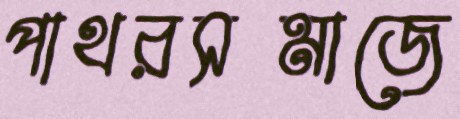
পাথরসমাজে